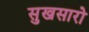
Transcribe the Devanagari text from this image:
सुखसारो